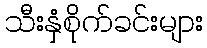
သီးနှံစိုက်ခင်းများ